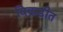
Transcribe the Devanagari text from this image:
विक्रडीत